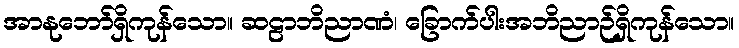
အာနုဘော်ရှိကုန်သော။ ဆဠာဘိညာဏံ၊ ခြောက်ပါးအဘိညာဉ်ရှိကုန်သော။